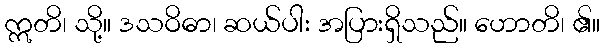
ဣတိ၊ သို့။ ဒသဝိဓာ၊ ဆယ်ပါး အပြားရှိသည်။ ဟောတိ၊ ၏။